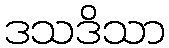
ဒသဒိသာ